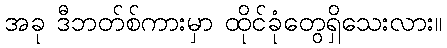
အခု ဒီဘတ်စ်ကားမှာ ထိုင်ခုံတွေရှိသေးလား။